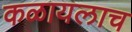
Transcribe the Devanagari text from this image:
कळायलाच